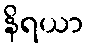
နိရယာ